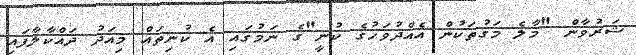
ޝަރުވާން "މާލެ މަގުތަކުން އެއްދުވަހުގެ ކުނީ"ގެ ނަމުގައި އެ ކުނިތައް މިއަދު ދައްކާލާފައި